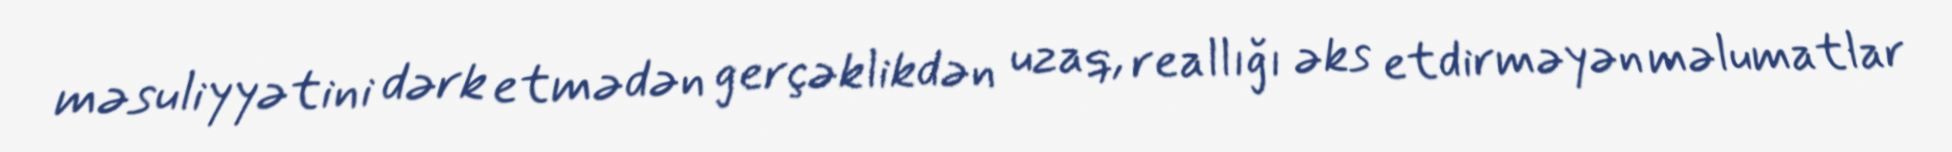
məsuliyyətini dərk etmədən gerçəklikdən uzaq, reallığı əks etdirməyən məlumatlar